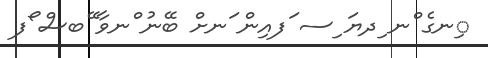
ިނގެ ްނ ިދޔަ ިސ ަފއިން ަނށް ބޭނު ްނވާ ޭބސް ޯފ